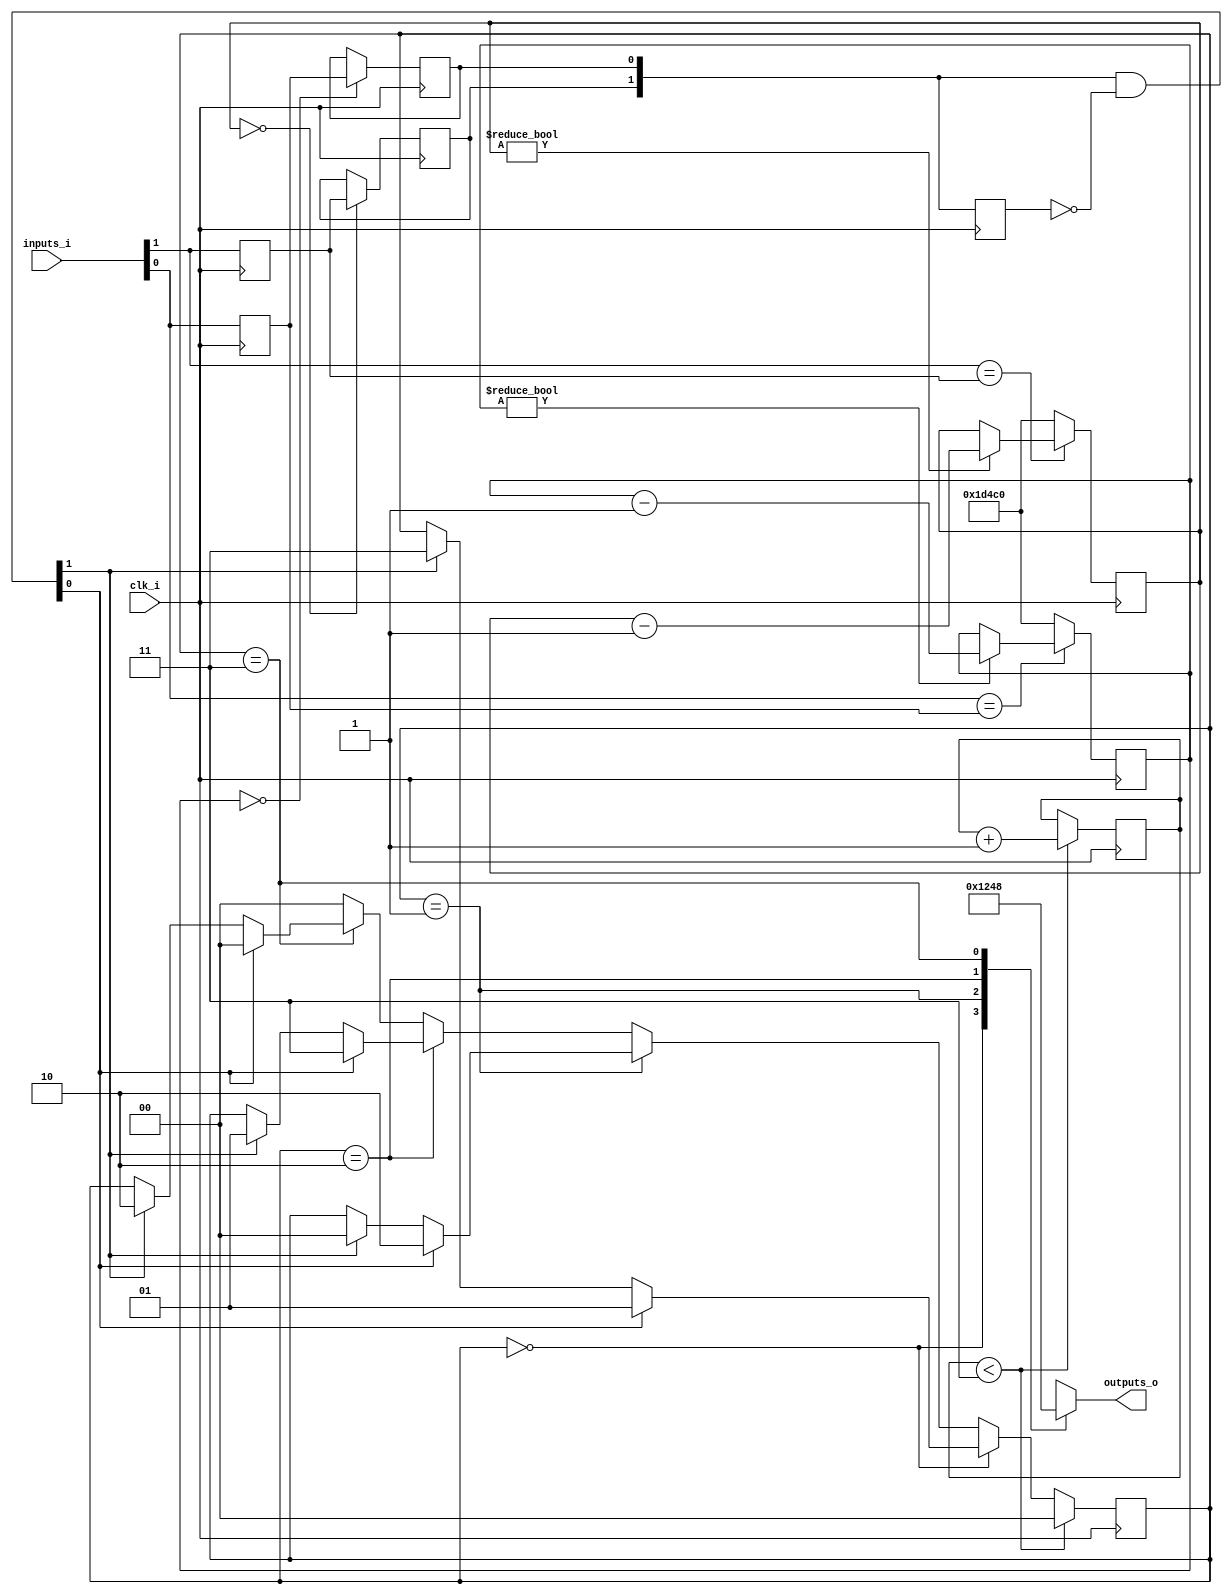
// Generated by MyHDL 0.11


`timescale 1ns/10ps

module classic_fsm (
    clk_i,
    inputs_i,
    outputs_o
);


input clk_i;
input [1:0] inputs_i;
output [3:0] outputs_o;
reg [3:0] outputs_o;

reg [1:0] prev_inputs;
reg [1:0] fsm_state;
wire [1:0] input_chgs;
wire [1:0] dbnc_inputs;
reg [1:0] reset_cnt;
reg k_prev_button;
reg [16:0] k_debounce_cnt;
reg k_button_o;
reg chunk_insts_1_prev_button;
reg [16:0] chunk_insts_1_debounce_cnt;
reg chunk_insts_1_button_o;
wire [1:0] chunk_insts_1_chunk_insts_0_a;

assign chunk_insts_1_chunk_insts_0_a[1] = k_button_o;
assign chunk_insts_1_chunk_insts_0_a[0] = chunk_insts_1_button_o;



assign dbnc_inputs = chunk_insts_1_chunk_insts_0_a;


always @(posedge clk_i) begin: CLASSIC_FSM_LOC_INSTS_CHUNK_INSTS_1_LOC_INSTS_CHUNK_INSTS_0
    if ((inputs_i[0] == chunk_insts_1_prev_button)) begin
        if ((chunk_insts_1_debounce_cnt != 0)) begin
            chunk_insts_1_debounce_cnt <= (chunk_insts_1_debounce_cnt - 1);
        end
    end
    else begin
        chunk_insts_1_debounce_cnt <= 120000;
    end
    chunk_insts_1_prev_button <= inputs_i[0];
end


always @(posedge clk_i) begin: CLASSIC_FSM_LOC_INSTS_CHUNK_INSTS_1_LOC_INSTS_CHUNK_INSTS_K
    if ((chunk_insts_1_debounce_cnt == 0)) begin
        chunk_insts_1_button_o <= chunk_insts_1_prev_button;
    end
end



assign input_chgs = (dbnc_inputs & (~prev_inputs));


always @(fsm_state) begin: CLASSIC_FSM_LOC_INSTS_CHUNK_INSTS_3_C
    case (fsm_state)
        2'b00: begin
            outputs_o = 1;
        end
        2'b01: begin
            outputs_o = 2;
        end
        2'b10: begin
            outputs_o = 4;
        end
        2'b11: begin
            outputs_o = 8;
        end
        default: begin
            outputs_o = 15;
        end
    endcase
end


always @(posedge clk_i) begin: CLASSIC_FSM_LOC_INSTS_CHUNK_INSTS_4
    if (($signed({1'b0, reset_cnt}) < (4 - 1))) begin
        fsm_state <= 2'b00;
        reset_cnt <= (reset_cnt + 1);
    end
    else if ((fsm_state == 2'b00)) begin
        if (input_chgs[0]) begin
            fsm_state <= 2'b01;
        end
        else if (input_chgs[1]) begin
            fsm_state <= 2'b11;
        end
    end
    else if ((fsm_state == 2'b01)) begin
        if (input_chgs[0]) begin
            fsm_state <= 2'b10;
        end
        else if (input_chgs[1]) begin
            fsm_state <= 2'b00;
        end
    end
    else if ((fsm_state == 2'b10)) begin
        if (input_chgs[0]) begin
            fsm_state <= 2'b11;
        end
        else if (input_chgs[1]) begin
            fsm_state <= 2'b01;
        end
    end
    else if ((fsm_state == 2'b11)) begin
        if (input_chgs[0]) begin
            fsm_state <= 2'b00;
        end
        else if (input_chgs[1]) begin
            fsm_state <= 2'b10;
        end
    end
    else begin
        fsm_state <= 2'b00;
    end
    prev_inputs <= dbnc_inputs;
end


always @(posedge clk_i) begin: CLASSIC_FSM_LOC_INSTS_CHUNK_INSTS_K_LOC_INSTS_CHUNK_INSTS_0
    if ((inputs_i[1] == k_prev_button)) begin
        if ((k_debounce_cnt != 0)) begin
            k_debounce_cnt <= (k_debounce_cnt - 1);
        end
    end
    else begin
        k_debounce_cnt <= 120000;
    end
    k_prev_button <= inputs_i[1];
end


always @(posedge clk_i) begin: CLASSIC_FSM_LOC_INSTS_CHUNK_INSTS_K_LOC_INSTS_CHUNK_INSTS_K
    if ((k_debounce_cnt == 0)) begin
        k_button_o <= k_prev_button;
    end
end

endmodule